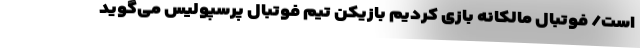
است/ فوتبال مالکانه بازی کردیم بازیکن تیم فوتبال پرسپولیس می‌گوید